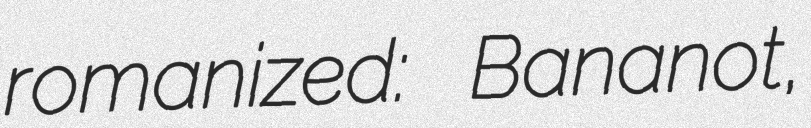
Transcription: romanized: Bananot,